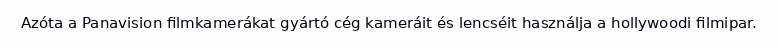
Azóta a Panavision filmkamerákat gyártó cég kameráit és lencséit használja a hollywoodi filmipar.